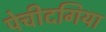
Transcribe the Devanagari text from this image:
पेचीदगिया